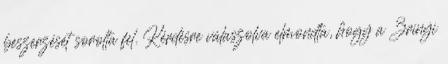
beszerzését sorolta fel. Kérdésre válaszolva elmondta, hogy a Zrínyi